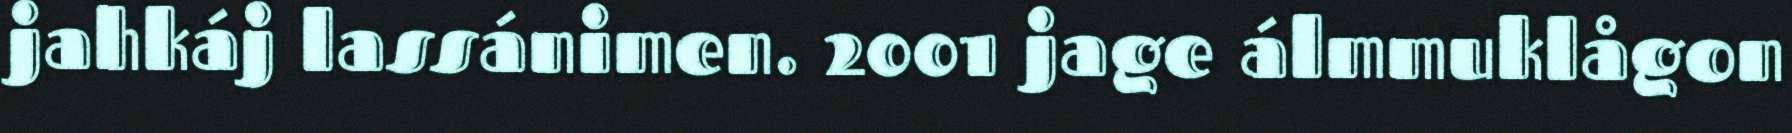
jahkáj lassánimen. 2001 jage álmmuklågon